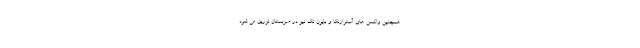
همچنین واکسن های آسترازنکا و بایون تک نیز در صربستان تزریق می شود